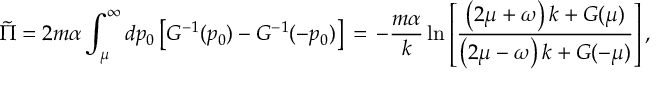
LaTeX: \tilde { \Pi } = { 2 m \alpha } \int _ { \mu } ^ { \infty } d p _ { 0 } \left[ G ^ { - 1 } ( p _ { 0 } ) - G ^ { - 1 } ( - p _ { 0 } ) \right] \, = \, - { \frac { m \alpha } { k } } \ln { \left[ { \frac { \left( 2 \mu + \omega \right) k + G ( \mu ) } { \left( 2 \mu - \omega \right) k + G ( - \mu ) } } \right] } \, ,